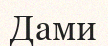
Дами